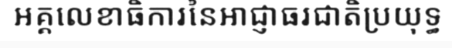
អគ្គលេខាធិការនៃអាជ្ញាធរជាតិប្រយុទ្ធ